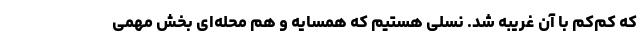
که کم‌کم با آن غریبه شد. نسلی هستیم که همسایه و هم محله‌ای بخش مهمی